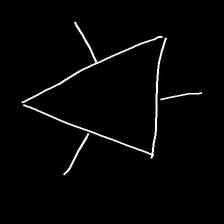
Glyph: fire